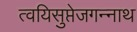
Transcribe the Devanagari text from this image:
त्वयिसुप्तेजगन्नाथ